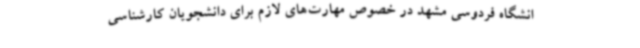
انشگاه فردوسی مشهد در خصوص مهارت‌های لازم برای دانشجویان کارشناسی